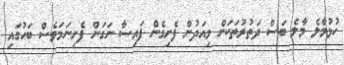
ހުޅުމާލެ މާލެ ބަސް ދަތުރުތަކަށް މިއަދުން ފެށިގެން ފައިސާ ނަގަން ފެށިނަމަވެސް ބަހުގައި